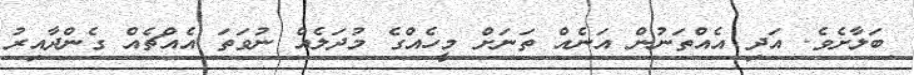
ބަލާށެވެ. އަދި އެއްތަނުން އަނެއް ތަނަށް މީހެއްގެ މުދަލެއް ނުވަތަ އެއްޗެއް ގެންދާއިރު